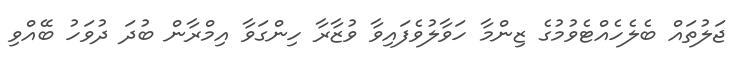
ޖަލުތައް ބެލެހެއްޓެވުމުގެ ޒިންމާ ހަވާލުވެފައިވާ ވުޒާރާ ހިންގަވާ އިމްރާން ބުދަ ދުވަހު ބޭއްވި